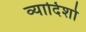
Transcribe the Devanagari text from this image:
व्यादिशो